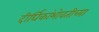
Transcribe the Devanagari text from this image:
दीर्घिकांभोवतीच्या